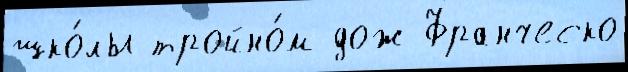
шко́лы тройно́м дож Франческо